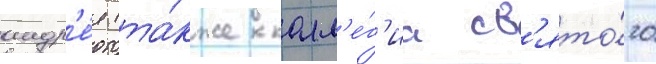
андр'е́я (та́кже колл'е́г'иа св'ято́го